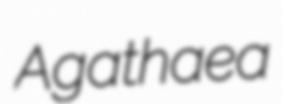
Agathaea